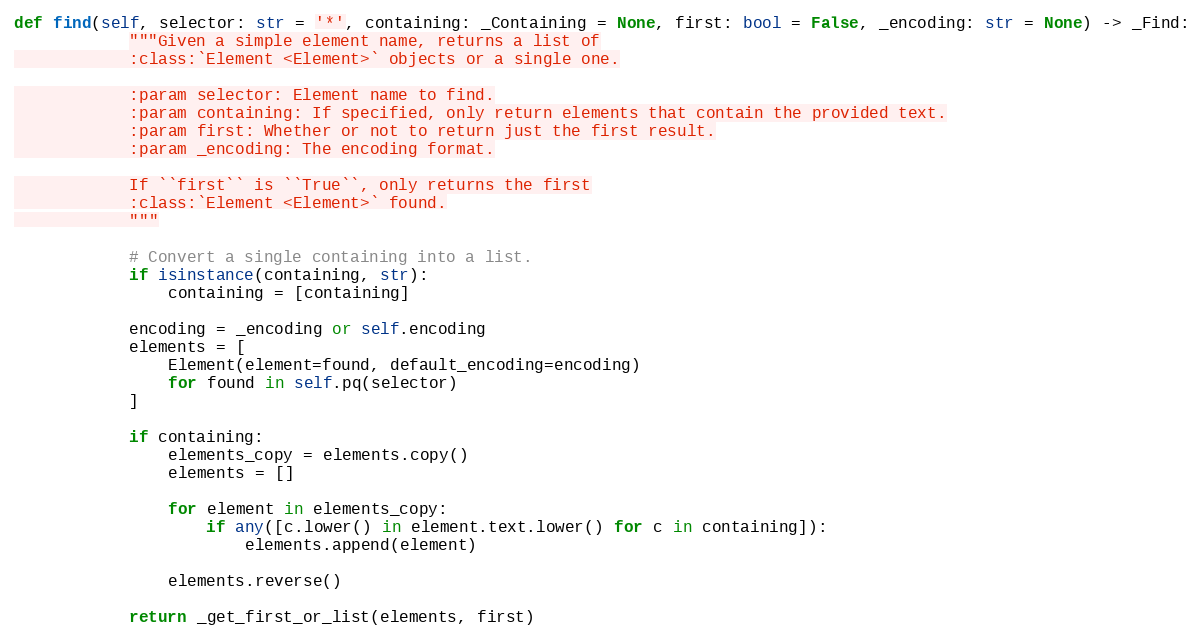
Language: Python
def find(self, selector: str = '*', containing: _Containing = None, first: bool = False, _encoding: str = None) -> _Find:
            """Given a simple element name, returns a list of
            :class:`Element <Element>` objects or a single one.

            :param selector: Element name to find.
            :param containing: If specified, only return elements that contain the provided text.
            :param first: Whether or not to return just the first result.
            :param _encoding: The encoding format.

            If ``first`` is ``True``, only returns the first
            :class:`Element <Element>` found.
            """

            # Convert a single containing into a list.
            if isinstance(containing, str):
                containing = [containing]

            encoding = _encoding or self.encoding
            elements = [
                Element(element=found, default_encoding=encoding)
                for found in self.pq(selector)
            ]

            if containing:
                elements_copy = elements.copy()
                elements = []

                for element in elements_copy:
                    if any([c.lower() in element.text.lower() for c in containing]):
                        elements.append(element)

                elements.reverse()

            return _get_first_or_list(elements, first)